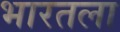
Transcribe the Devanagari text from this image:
भारतला